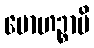
မောဟဉ္စာပိ